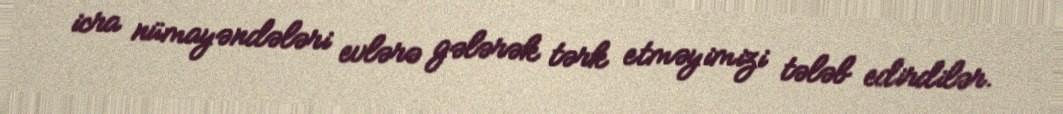
icra nümayəndələri evlərə gələrək tərk etməyimizi tələb edirdilər.